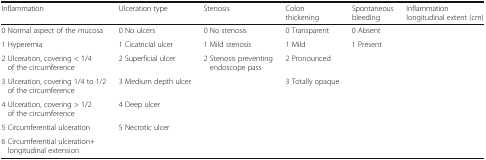
<table><thead><tr><td><b>Inflammation</b></td><td><b>Ulceration type</b></td><td><b>Stenosis</b></td><td><b>Colon thickening</b></td><td><b>Spontaneous bleeding</b></td><td><b>Inflammation longitudinal extent (cm)</b></td></tr></thead><tbody><tr><td>0 Normal aspect of the mucosa</td><td>0 No ulcers</td><td>0 No stenosis</td><td>0 Transparent</td><td>0 Absent</td><td></td></tr><tr><td>1 Hyperemia</td><td>1 Cicatricial ulcer</td><td>1 Mild stenosis</td><td>1 Mild</td><td>1 Present</td><td></td></tr><tr><td>2 Ulceration, covering &lt; 1/4 of the circumference</td><td>2 Superficial ulcer</td><td>2 Stenosis preventing endoscope pass</td><td>2 Pronounced</td><td></td><td></td></tr><tr><td>3 Ulceration, covering 1/4 to 1/2 of the circumference</td><td>3 Medium depth ulcer</td><td></td><td>3 Totally opaque</td><td></td><td></td></tr><tr><td>4 Ulceration, covering &gt; 1/2 of the circumference</td><td>4 Deep ulcer</td><td></td><td></td><td></td><td></td></tr><tr><td>5 Circumferential ulceration</td><td>5 Necrotic ulcer</td><td></td><td></td><td></td><td></td></tr><tr><td>6 Circumferential ulceration+ longitudinal extension</td><td></td><td></td><td></td><td></td><td></td></tr></tbody></table>